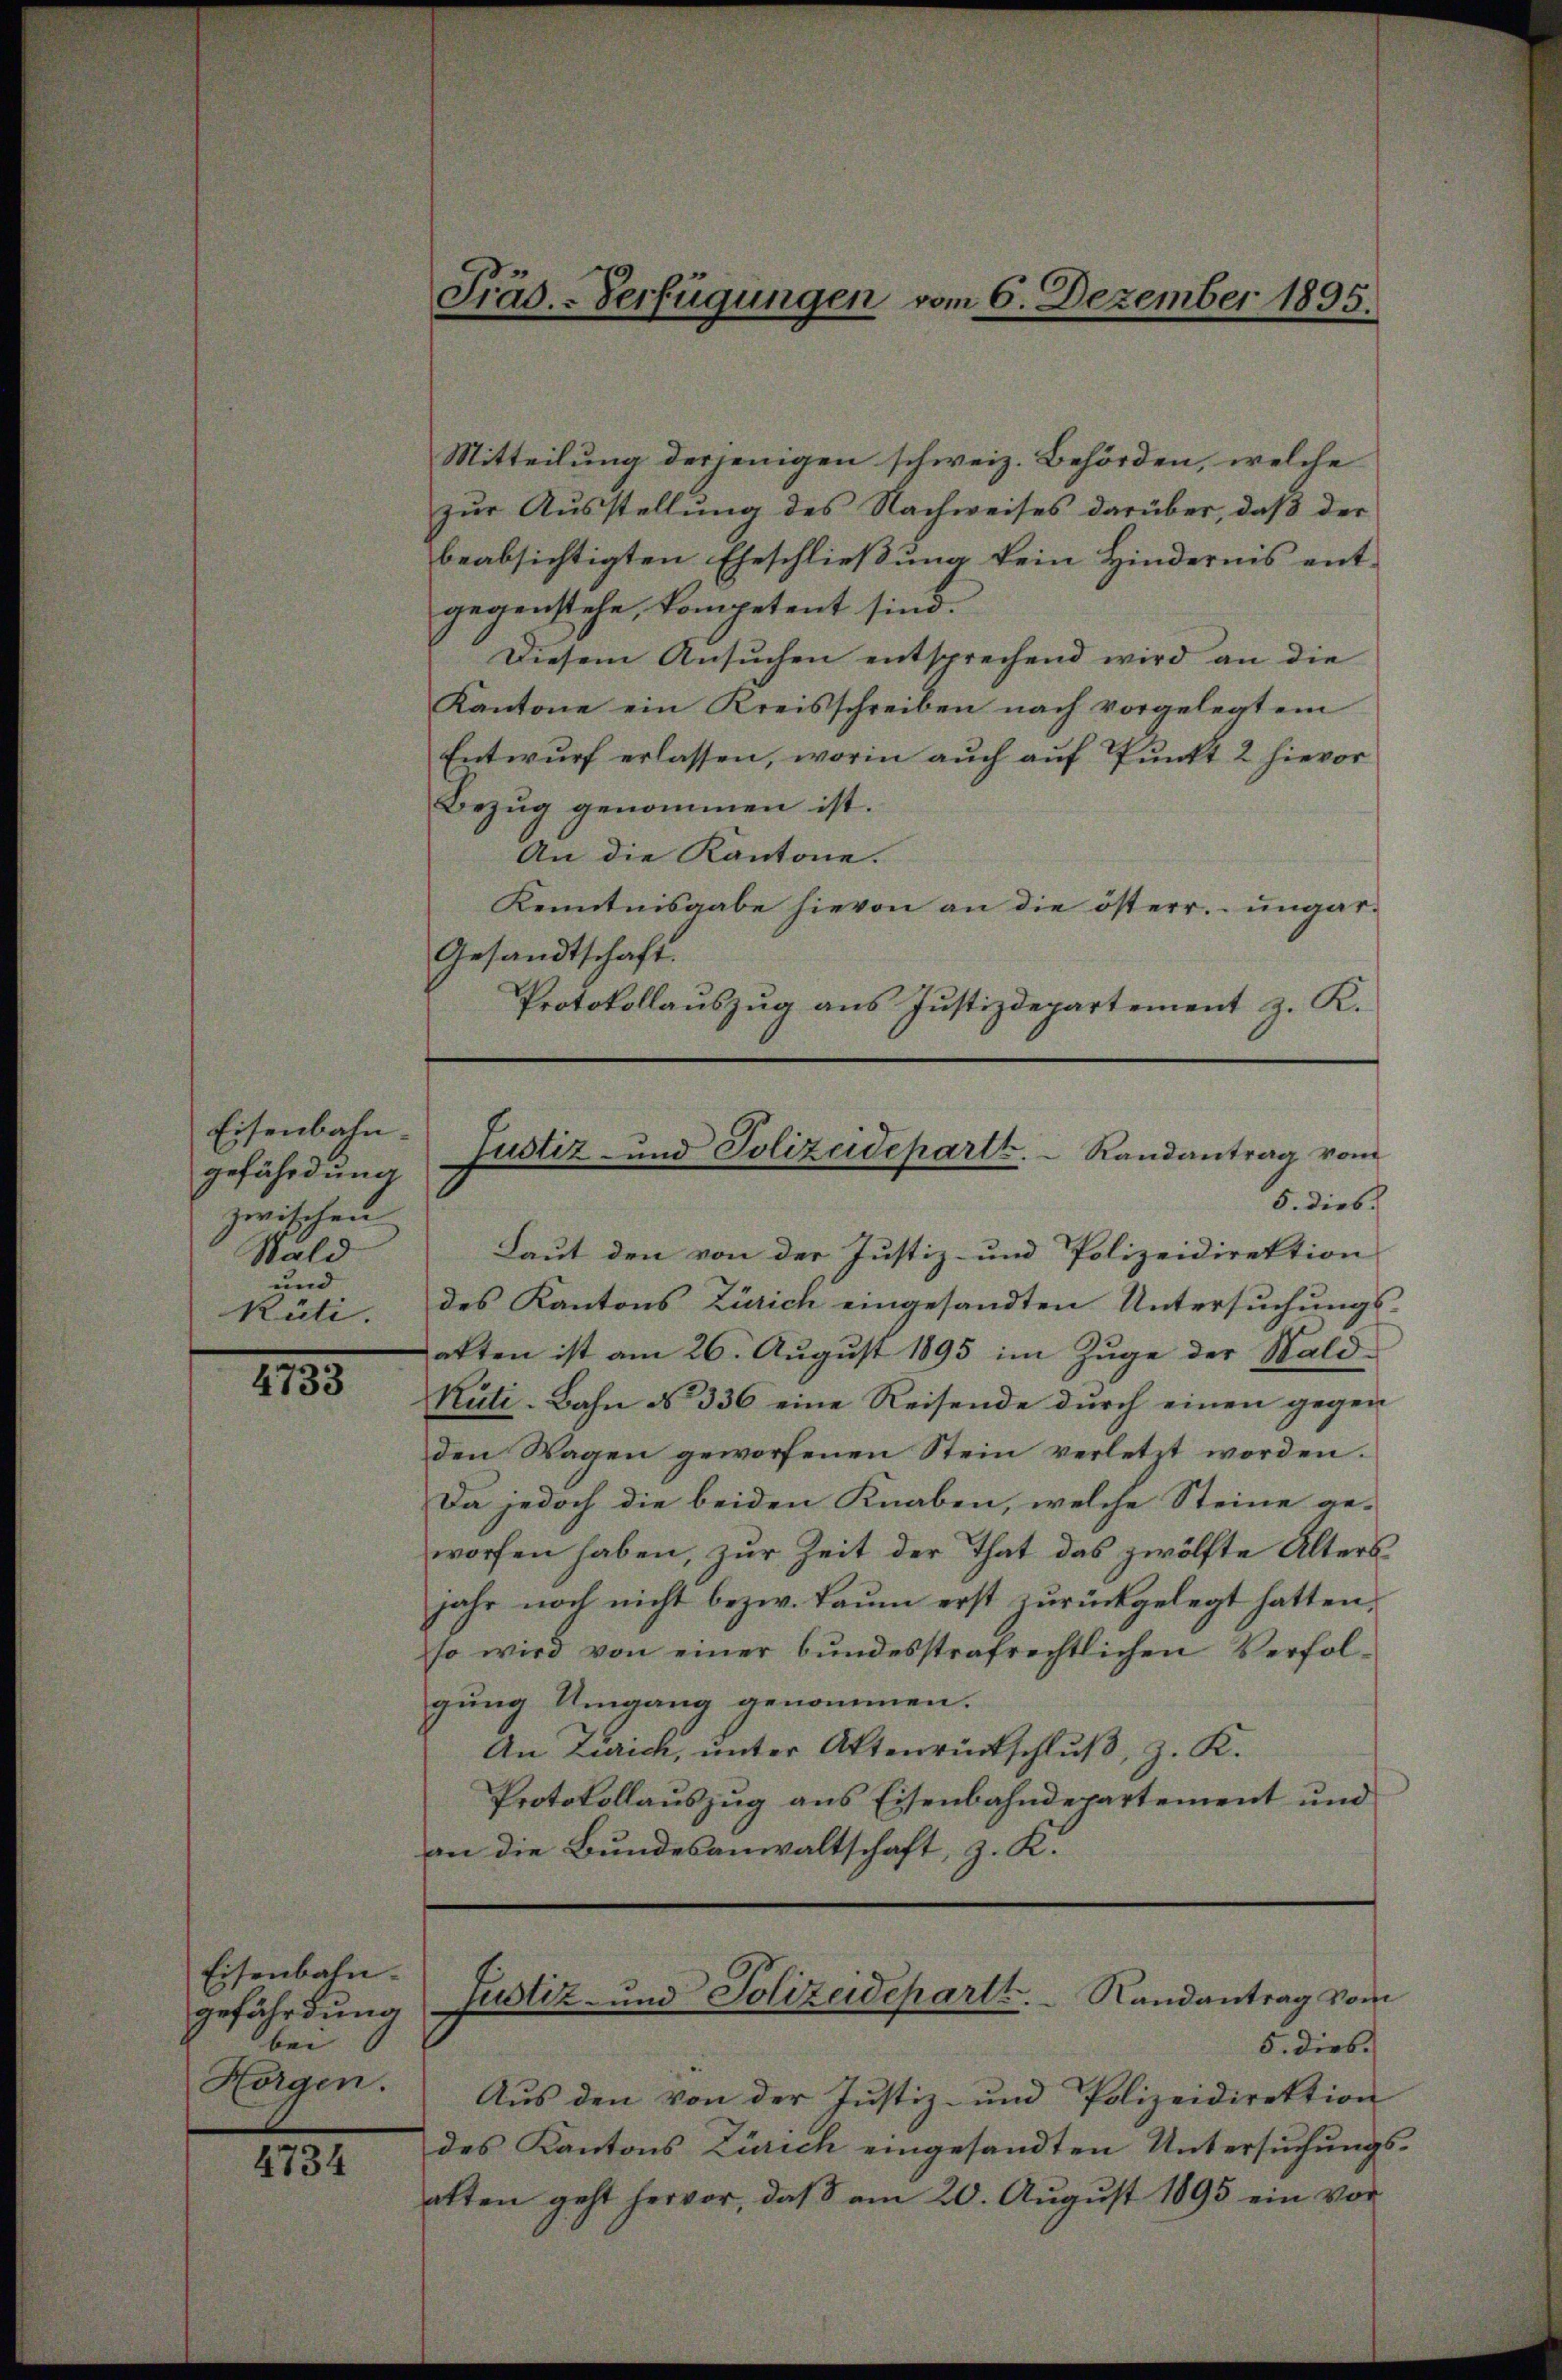
Eisenbahn-
gefährdung
zwischen
Wäld
und
Rüti.

4733

Eisenbahn-
gefährdung
bei
Horgen.

4734

Fräd.-Verfügungen vom 6. Dezember 1895.

Mitteilung derjenigen schweiz. Behörden, welche
zur Ausstellung des Nachweises darüber, daß der
beabsichtigten Eheschließung kein Hindernis ent-
gegenstehe, kompetent sind.
Diesem Ansuchen entsprechend wird an die
Kantone ein Kreisschreiben nach vorgelegtem
Entwurf erlassen, worin auch auf Punkt 2 hievor
Bezug genommen ist.
An die Kantone.
Kenntnisgabe hievon an die österr. ungar-
Gesandtschaft.
Protokollauszug aus Justizdepartement z. K.

Laut den von der Justiz- und Polizeidirektion
des Kantons Zürich eingesandten Untersuchungs-
atten ist am 26. August 1895 im Zuge der Wald-
Rüti-Bahn do 336 eine Reisende durch einen gegen
den Wagen geworfenen Stein verletzt worden.
Da jedoch die beiden Knaben, welche Steine ge-
worfen haben, zur Zeit der That das zwölfte Alters
jahr noch nicht bezw. Baum erst zurückgelegt hatten,
so wird von einer bundesstrafrechtlichen Verfolgung Umgang genommen.
An Zürich, unter Aktenrückschluß, z. K.
Protokollauszug aus Eisenbahndepartement und
an die Bundesanwaltschaft, z. K.

Justiz- und Polizeidepartt.   Randantrag vom
5. dies.

5. Dieb.
Aus den von der Justiz- und Polizeidirektion
des Kantons Zürich eingesandten Untersuchungsatten geht hervor, daß am 20. Aŭgŭst 1895 ein vor

Justiz- und Polizeidepartt.   Randantrag vom